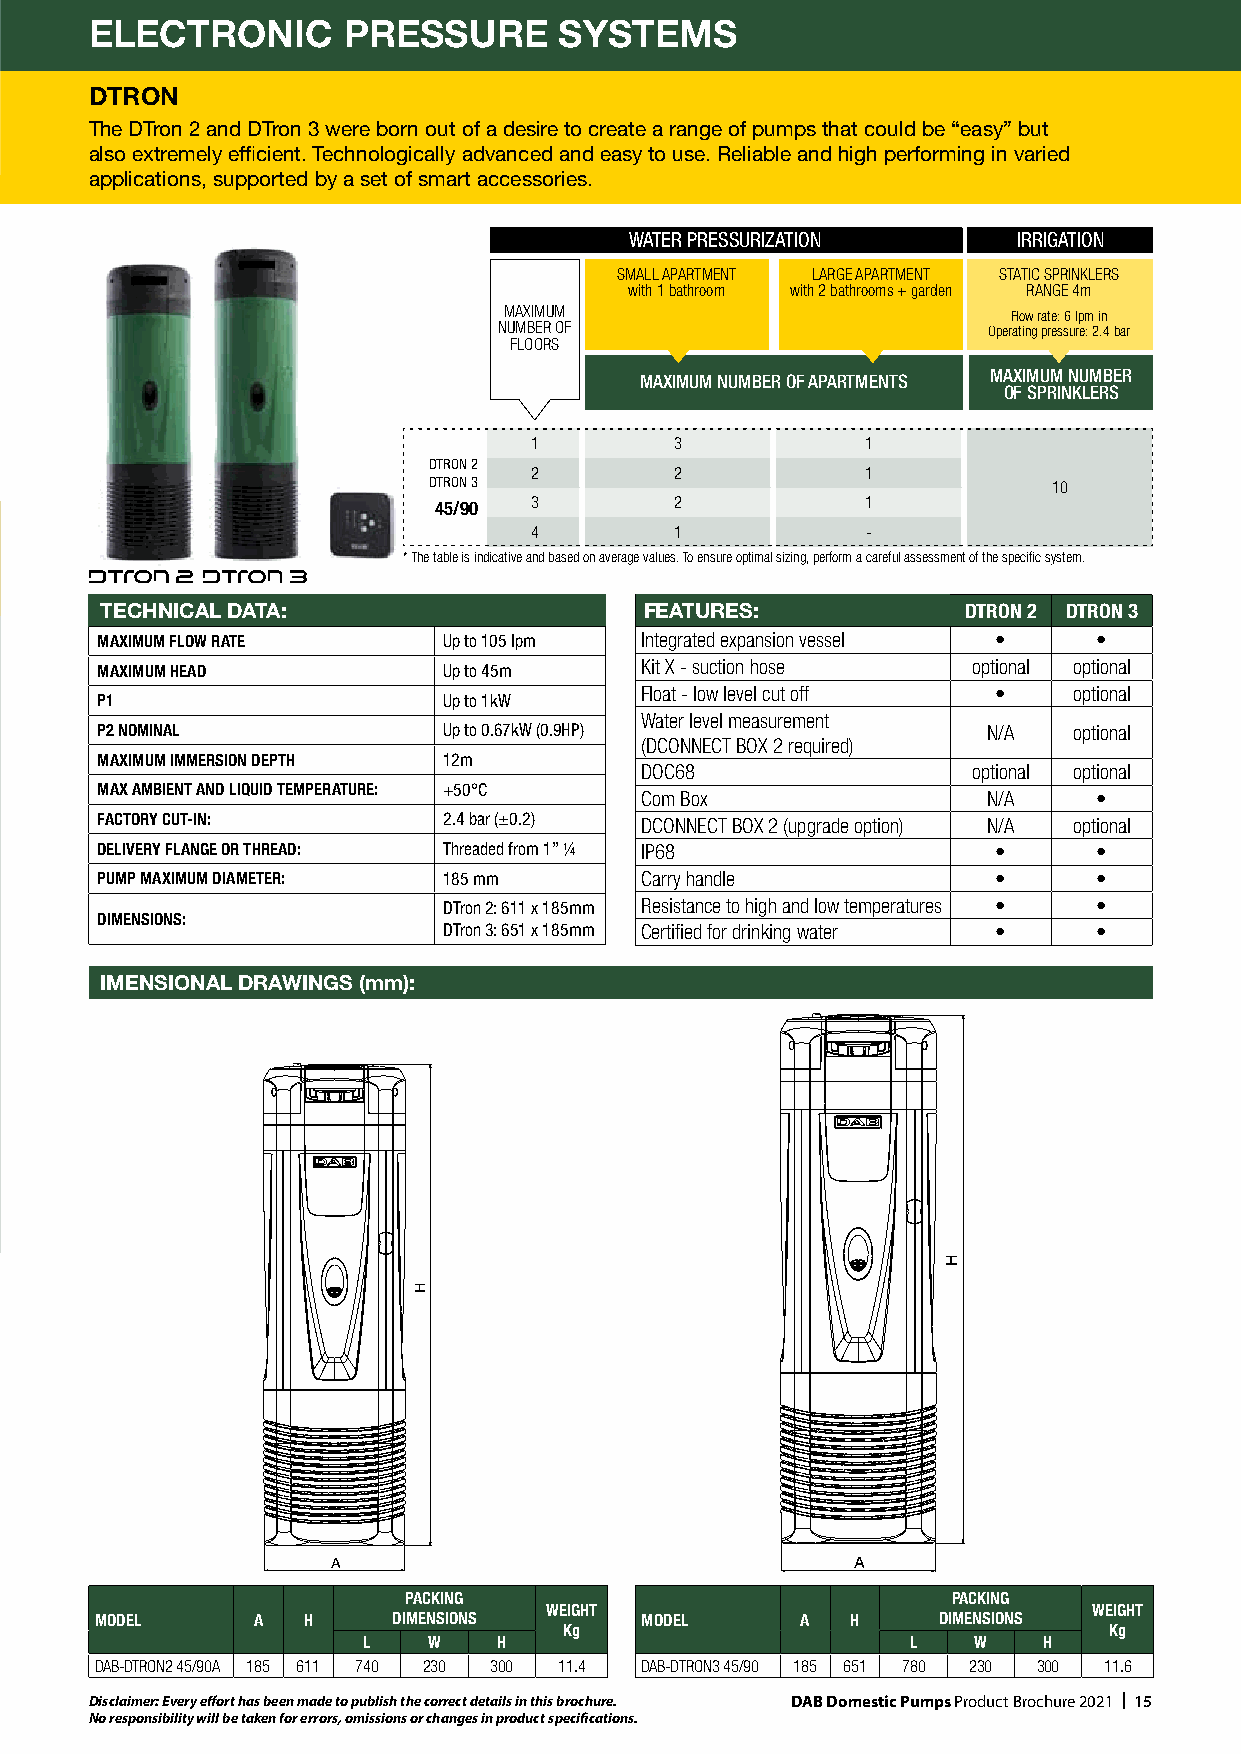
ELECTRONIC       PRESSURE      SYSTEMS
 DTRON
 The DTron 2 and DTron 3 were born out of a desire to create a range of pumps that could be “easy” but
 also extremely efficient. Technologically advanced and easy to use. Reliable and high performing in varied
 applications, supported by a set of smart accessories.
 WATER PRESSURIZATION     IRRIGATION
 SMALL APARTMENT LARGE APARTMENT STATIC SPRINKLERS
 with 1 bathroom with 2 bathrooms + garden RANGE 4m
 MAXIMUM                           Flow rate: 6 lpm in
 NUMBER OF                       Operating pressure: 2.4 bar
 FLOORS
 MAXIMUM NUMBER OF APARTMENTS MAXIMUM NUMBER
 OF SPRINKLERS
 1         3           1
 DTRON 2
 2         2           1
 DTRON 3                                   10
 45/90 3         2           1
 4         1           -
 * The table is indicative and based on average values. To ensure optimal sizing, perform a careful assessment of the specific system.
 TECHNICAL DATA:                     FEATURES:            DTRON 2 DTRON 3
 MAXIMUM FLOW RATE      Up to 105 lpm Integrated expansion vessel • •
 MAXIMUM HEAD           Up to 45m    Kit X - suction hose  optional optional
 Float - low level cut off •  optional
 P1                     Up to 1kW
 Water level measurement
 P2 NOMINAL             Up to 0.67kW (0.9HP)                N/A   optional
 (DCONNECT BOX 2 required)
 MAXIMUM IMMERSION DEPTH 12m
 DOC68                 optional optional
 MAX AMBIENT AND LIQUID TEMPERATURE: +50°C
 Com Box                N/A     •
 FACTORY CUT-IN:        2.4 bar (±0.2) DCONNECT BOX 2 (upgrade option) N/A optional
 DELIVERY FLANGE OR THREAD: Threaded from 1” 1/4 IP68        •      •
 PUMP MAXIMUM DIAMETER: 185 mm       Carry handle            •      •
 DTron 2: 611 x 185mm Resistance to high and low temperatures • •
 DIMENSIONS:
 DTron 3: 651 x 185mm Certified for drinking water • •
 IMENSIONAL DRAWINGS (mm):                      ØD
 ØD
 A                                  A
 PACKING                             PACKING
 WEIGHT                              WEIGHT
 MODEL      A  H     DIMENSIONS      MODEL      A  H     DIMENSIONS
 Kg                                  Kg
 L   W    H                          L   W    H
 DAB-DTRON2 45/90A 185 611 740 230 300 11.4 DAB-DTRON3 45/90 185 651 780 230 300 11.6
 Disclaimer: Every effort has been made to publish the correct details in this brochure. DAB Domestic Pumps Product Brochure 2021 | 15
 No responsibility will be taken for errors, omissions or changes in product specifications.
 H
 H